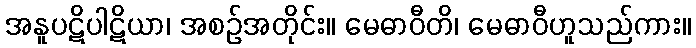
အနူပဋိပါဋိယာ၊ အစဉ်အတိုင်း။ မေဓာဝီတိ၊ မေဓာဝီဟူသည်ကား။